Lunatic asylums in Bengal annual reports 1888-1898 - 1888-1898
Year: 1888
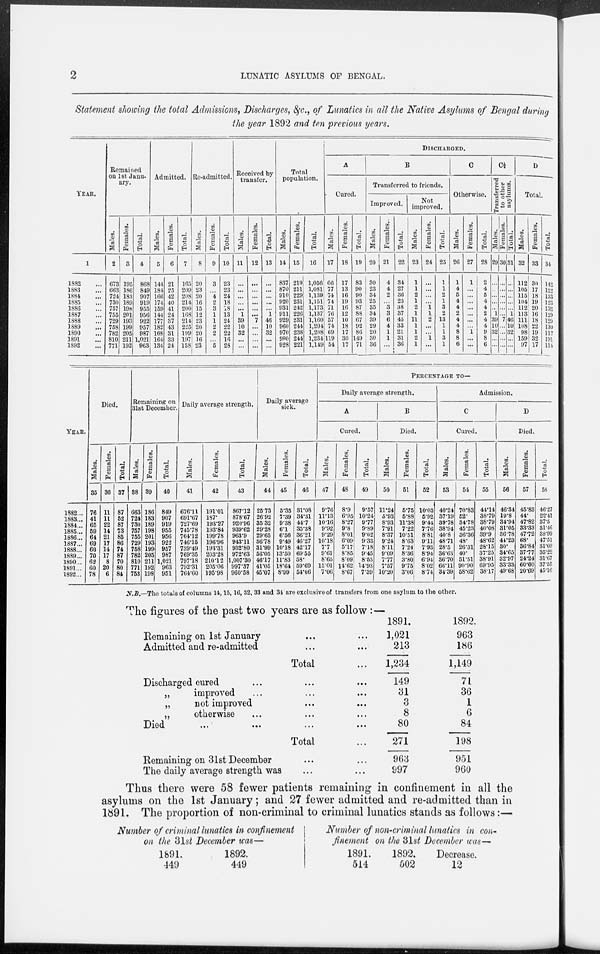
2
LUNATIC ASYLUMS OF BENGAL.
Statement showing the total Admissions, Discharges, &c., of Lunatics in all the Native Asylums of Bengal during
the year 1892 and ten previous years.
YEAR.
1
1882 ...
1883 ...
1884 ...
1885 ...
1886 ...
1887 ...
1888 ...
1889 ...
1890 ...
1891 ...
1892 ...
Remained
on 1st Janu-
ary.
Males.
2
673
663
724
730
757
755
729
758
782
810
771
Females.
3
195
186
183
189
198
201
193
199
205
211
192
Total.
4
868
849
907
919
955
956
922
957
987
1,021
963
Admitted.
Males.
5
144
184
166
174
159
144
177
182
168
164
134
Females.
6
21
25
42
40
41
24
37
43
31
33
24
Total.
7
165
209
208
214
200
168
214
225
199
197
158
Re-admitted.
Males.
8
20
23
20
16
15
12
23
20
20
16
23
Females.
9
3
...
4
2
3
1
1
2
2
...
5
Total.
10
23
23
24
18
18
13
24
22
22
16
28
Received by
transfer.
Males.
11
...
...
...
...
...
1
39
10
32
...
...
Females.
12
...
...
...
...
...
...
7
...
...
...
...
Total.
13
...
...
...
...
...
1
46
10
32
...
...
Total
population.
Males.
14
837
870
910
920
931
911
929
960
970
990
928
Females.
15
219
211
229
231
242
226
231
244
238
244
221
Total.
16
1,056
1,081
1,139
1,151
1,173
1,137
1,160
1,204
1,208
1,234
1,149
DISCHARGED.
A
Cured.
Males.
17
66
77
74
74
71
76
57
74
69
119
54
Females.
18
17
13
16
19
16
12
10
18
17
30
17
Total.
19
83
90
90
93
87
88
67
92
86
149
71
B
Transferred to friends.
Improved.
Males.
20
30
23
34
25
35
34
39
29
20
30
36
Females.
21
4
4
2
...
3
3
6
4
1
1
...
Total.
22
34
27
36
25
38
37
45
33
21
31
36
Not
improved.
Males.
23
1
1
2
1
2
1
11
1
1
2
1
Females.
24
...
...
...
...
1
1
2
...
...
1
...
Total.
25
1
1
2
1
3
2
13
1
1
3
1
C
Otherwise.
Males.
26
1
4
5
4
4
2
4
4
8
8
6
Females.
27
1
...
...
...
...
...
...
...
1
...
...
Total.
28
2
4
5
4
4
2
4
4
9
8
6
C½
Transferred
to other
asylums.
Males.
29
...
...
...
...
...
1
39
10
32
...
...
Females.
30
...
...
...
...
...
...
7
...
...
...
...
Total.
31
...
...
...
...
...
1
46
10
32
...
...
D
Total.
Males.
32
112
105
115
104
112
113
111
108
98
159
97
Females.
33
30
17
18
19
20
16
18
22
19
32
17
Total.
34
142
122
133
123
132
129
129
130
117
191
114
YEAR.
1882...
1883...
1884...
1885...
1886...
1887...
1888...
1889...
1890...
1891...
1892...
Died.
Males.
35
76
41
65
59
64
69
60
70
62
60
78
Females.
36
11
11
22
14
21
17
14
17
8
20
6
Total.
37
87
52
87
73
85
86
74
87
70
80
84
Remaining on
31st December.
Males.
38
663
724
730
757
755
729
758
782
810
771
753
Females.
39
186
183
189
198
201
193
199
205
211
192
198
Total.
40
849
907
919
955
956
922
957
987
1,021
963
951
Daily average strength.
Males.
41
676.11
691.67
727.69
745.78
764.12
746.15
739.49
769.35
797.18
792.31
764.60
Females.
42
191.01
187.
193.27
193.84
199.78
196.96
193.31
203.28
210.12
205.06
195.98
Total.
43
867.12
878.67
920.96
939.62
963.9
943.11
932.80
972.63
1,007.30
997.37
960.58
Daily average
sick.
Males.
44
25.73
26.92
35.32
29.28
29.65
36.78
31.99
56.05
46.17
41.05
45.07
Females.
45
5.35
7.39
9.38
6.1
6.56
9.49
10.18
13.50
11.83
18.64
8.99
Total.
46
31.08
34.31
44.7
35.38
36.21
46.27
42.17
69.55
58.
59.69
54.06
PERCENTAGE TO—
Daily average strength.
A
Cured.
Males.
47
9.76
11.13
10.16
9.92
9.29
10.18
7.7
9.61
8.65
15.01
7.06
Females.
48
8.9
6.95
8.27
9.8
8.01
6.09
5.17
8.85
8.09
14.62
8.67
Total.
49
9.57
10.24
9.77
9.89
9.02
9.33
7.18
9.45
8.53
14.93
7.39
B
Died.
Males.
50
11.24
5.93
8.93
7.91
8.37
9.24
8.11
9.09
7.77
7.57
10.20
Females.
51
5.75
5.88
11.38
7.22
10.51
8.63
7.24
8.36
3.80
9.75
3.06
Total.
52
10.03
5.92
9.44
7.76
8.81
9.11
7.93
8.94
6.94
8.02
8.74
Admission.
C
Cured.
Males.
53
40.24
37.19
39.78
38.94
40.8
48.71
28.5
36.63
36.70
66.11
34.39
Females.
54
70.83
52.
34.78
45.23
36.36
48.
26.31
40.
51.51
90.90
58.62
Total.
55
44.14
38.79
38.79
40.08
39.9
48.62
28.15
37.25
38.91
69.95
38.17
D
Died.
Males.
56
46.34
19.8
34.94
31.05
36.78
44.23
30.
34.65
32.97
33.33
49.68
Females.
57
45.83
44.
47.82
33.33
47.72
68.
36.84
37.77
24.24
60.60
20.69
Total.
58
46.27
22.41
37.5
31.46
38.99
47.51
31.09
35.22
31.67
37.55
45.16
N.B.—The totals of columns 14,15,16,32, 33 and 34 are exclusive of transfers from one asylum to the other.
The figures of the past two years are as follow:—
Remaining on 1st January
...
...
Admitted and re-admitted
...
...
Total ...
Discharged cured
...
...
...
„
improved
... ... ...
„
not improved
...
...
„
otherwise
...
... ...
Died
... ... ... ...
Total ...
Remaining on 31st December
...
...
The daily average strength was
...
...
1891.
1,021
213
1,234
149
31
3
8
80
271
963
997
1892.
963
186
1,149
71
36
1
6
84
198
951
960
Thus there were 58 fewer patients remaining in confinement in all the
asylums on the 1st January ; and 27 fewer admitted and re-admitted than in
1891. The proportion of non-criminal to criminal lunatics stands as follows:—
Number of criminal lunatics in confinement
on the 31st December was—
1891.
449
1892.
449
Number of non-criminal lunatics in con-
finement on the 31st December was—
1891.
514
1892.
502
Decrease.
12